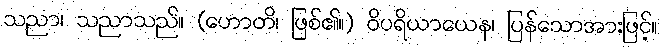
သညာ၊ သညာသည်။ (ဟောတိ၊ ဖြစ်၏။) ဝိပရိယာယေန၊ ပြန်သောအားဖြင့်။